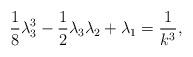
LaTeX: \begin{align*} \frac{1}{8}\lambda_3^3 - \frac{1}{2}\lambda_3\lambda_2 + \lambda_1 = \frac{1}{k^3}, \end{align*}